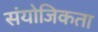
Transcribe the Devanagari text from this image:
संयोजिकता